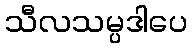
သီလသမ္ပဒါပေ